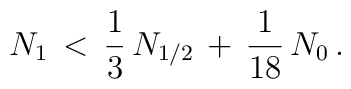
N_{1}\,<\,\frac{1}{3}\,N_{1/2}\,+\,\frac{1}{18}\,N_{0}\,.